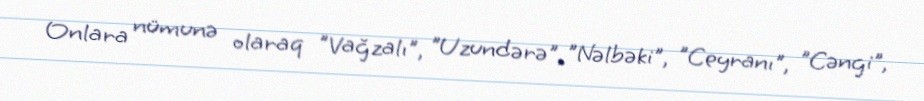
Onlara nümunə olaraq "Vağzalı", "Uzundərə", "Nəlbəki", "Ceyranı", "Cəngi",